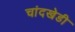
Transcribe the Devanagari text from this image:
चांदखेडी